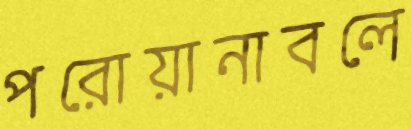
পরোয়ানাবলে